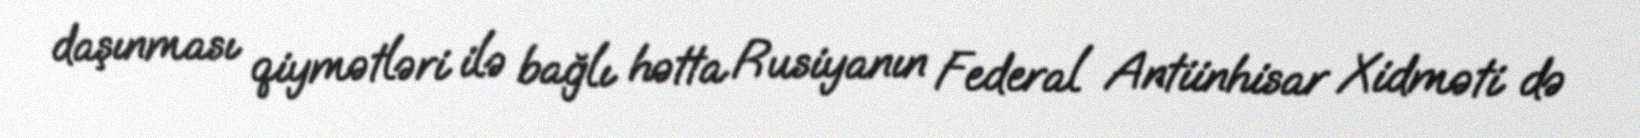
daşınması qiymətləri ilə bağlı hətta Rusiyanın Federal Antiinhisar Xidməti də